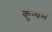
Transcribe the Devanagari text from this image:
कुन्थम